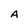
Character: A